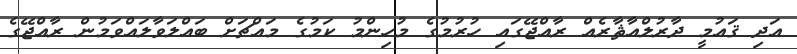
އަދި ޤައުމީ ދާރުލްއާޘާރެއް ރާއްޖޭގައި ހުރުމުގެ މުހިންމު ކަމުގެ މައްޗަށް ބައްލަވާލައްވަމުން ރާއްޖޭގެ